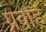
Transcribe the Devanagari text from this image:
प्रवाहें